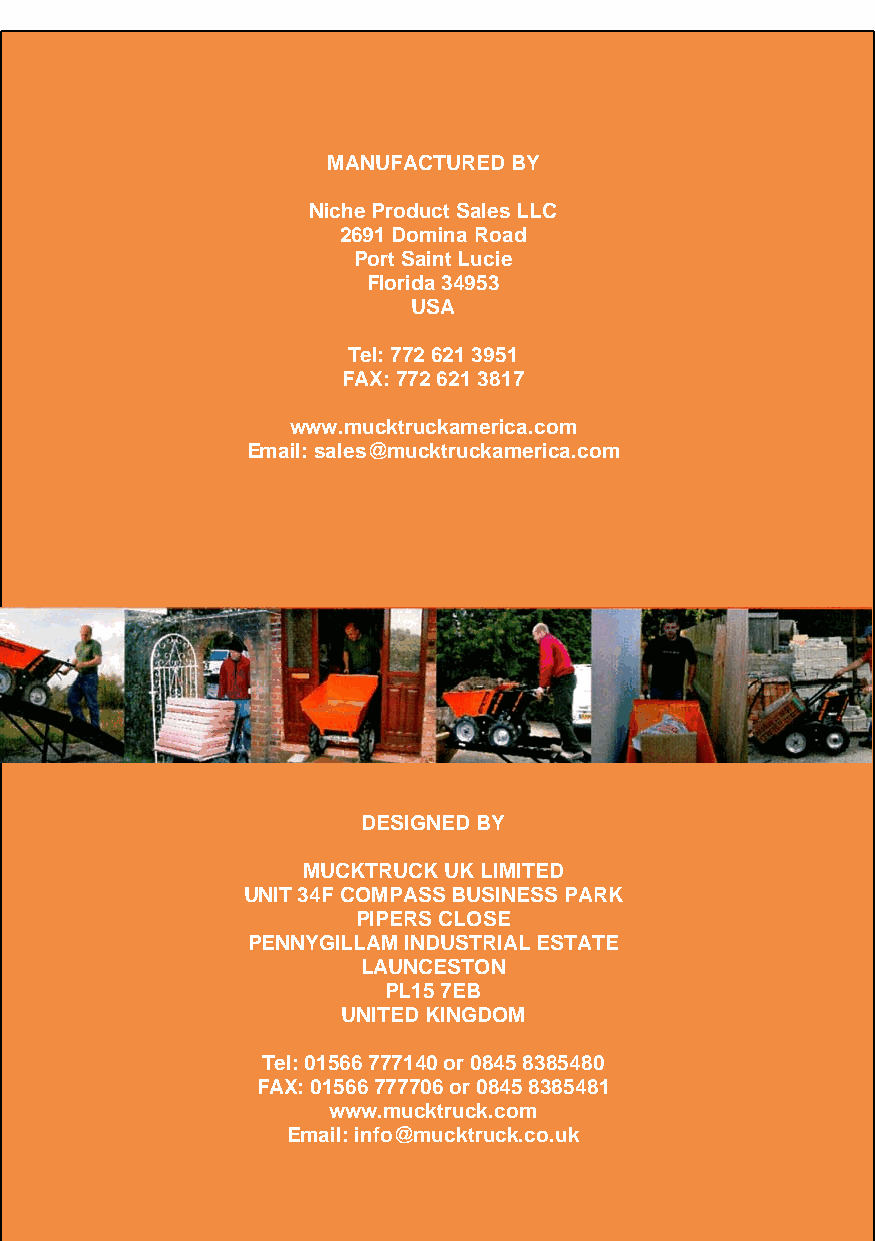
MANUFACTURED BY
 Niche Product Sales LLC
 2691 Domina Road
 Port Saint Lucie
 Florida 34953
 USA
 Tel: 772 621 3951
 FAX: 772 621 3817
 www.mucktruckamerica.com
 Email: sales@mucktruckamerica.com
 DESIGN ED BY
 MUCKTRUCK UK LIMITED
 UNIT 34F COMPASS BUSINESS PARK
 PIPERS C LOSE
 PENNYGILLAM INDU STRIAL ESTATE
 LAUNCE STON
 PL15 7 EB
 UNITED KI NGDOM
 Tel: 01566 777140 or 0845 8385480
 FAX: 01566D 7E77S7IG06N EoDr 0 B8Y45 8385481
 www.mucktruck.com
 Email: info@mucktruck.co.uk